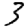
Digit: 3